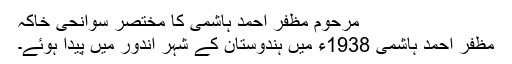
مرحوم مظفر احمد ہاشمی کا مختصر سوانحی خاکہ
مظفر احمد ہاشمی 1938ء میں ہندوستان کے شہر اندور میں پیدا ہوئے۔